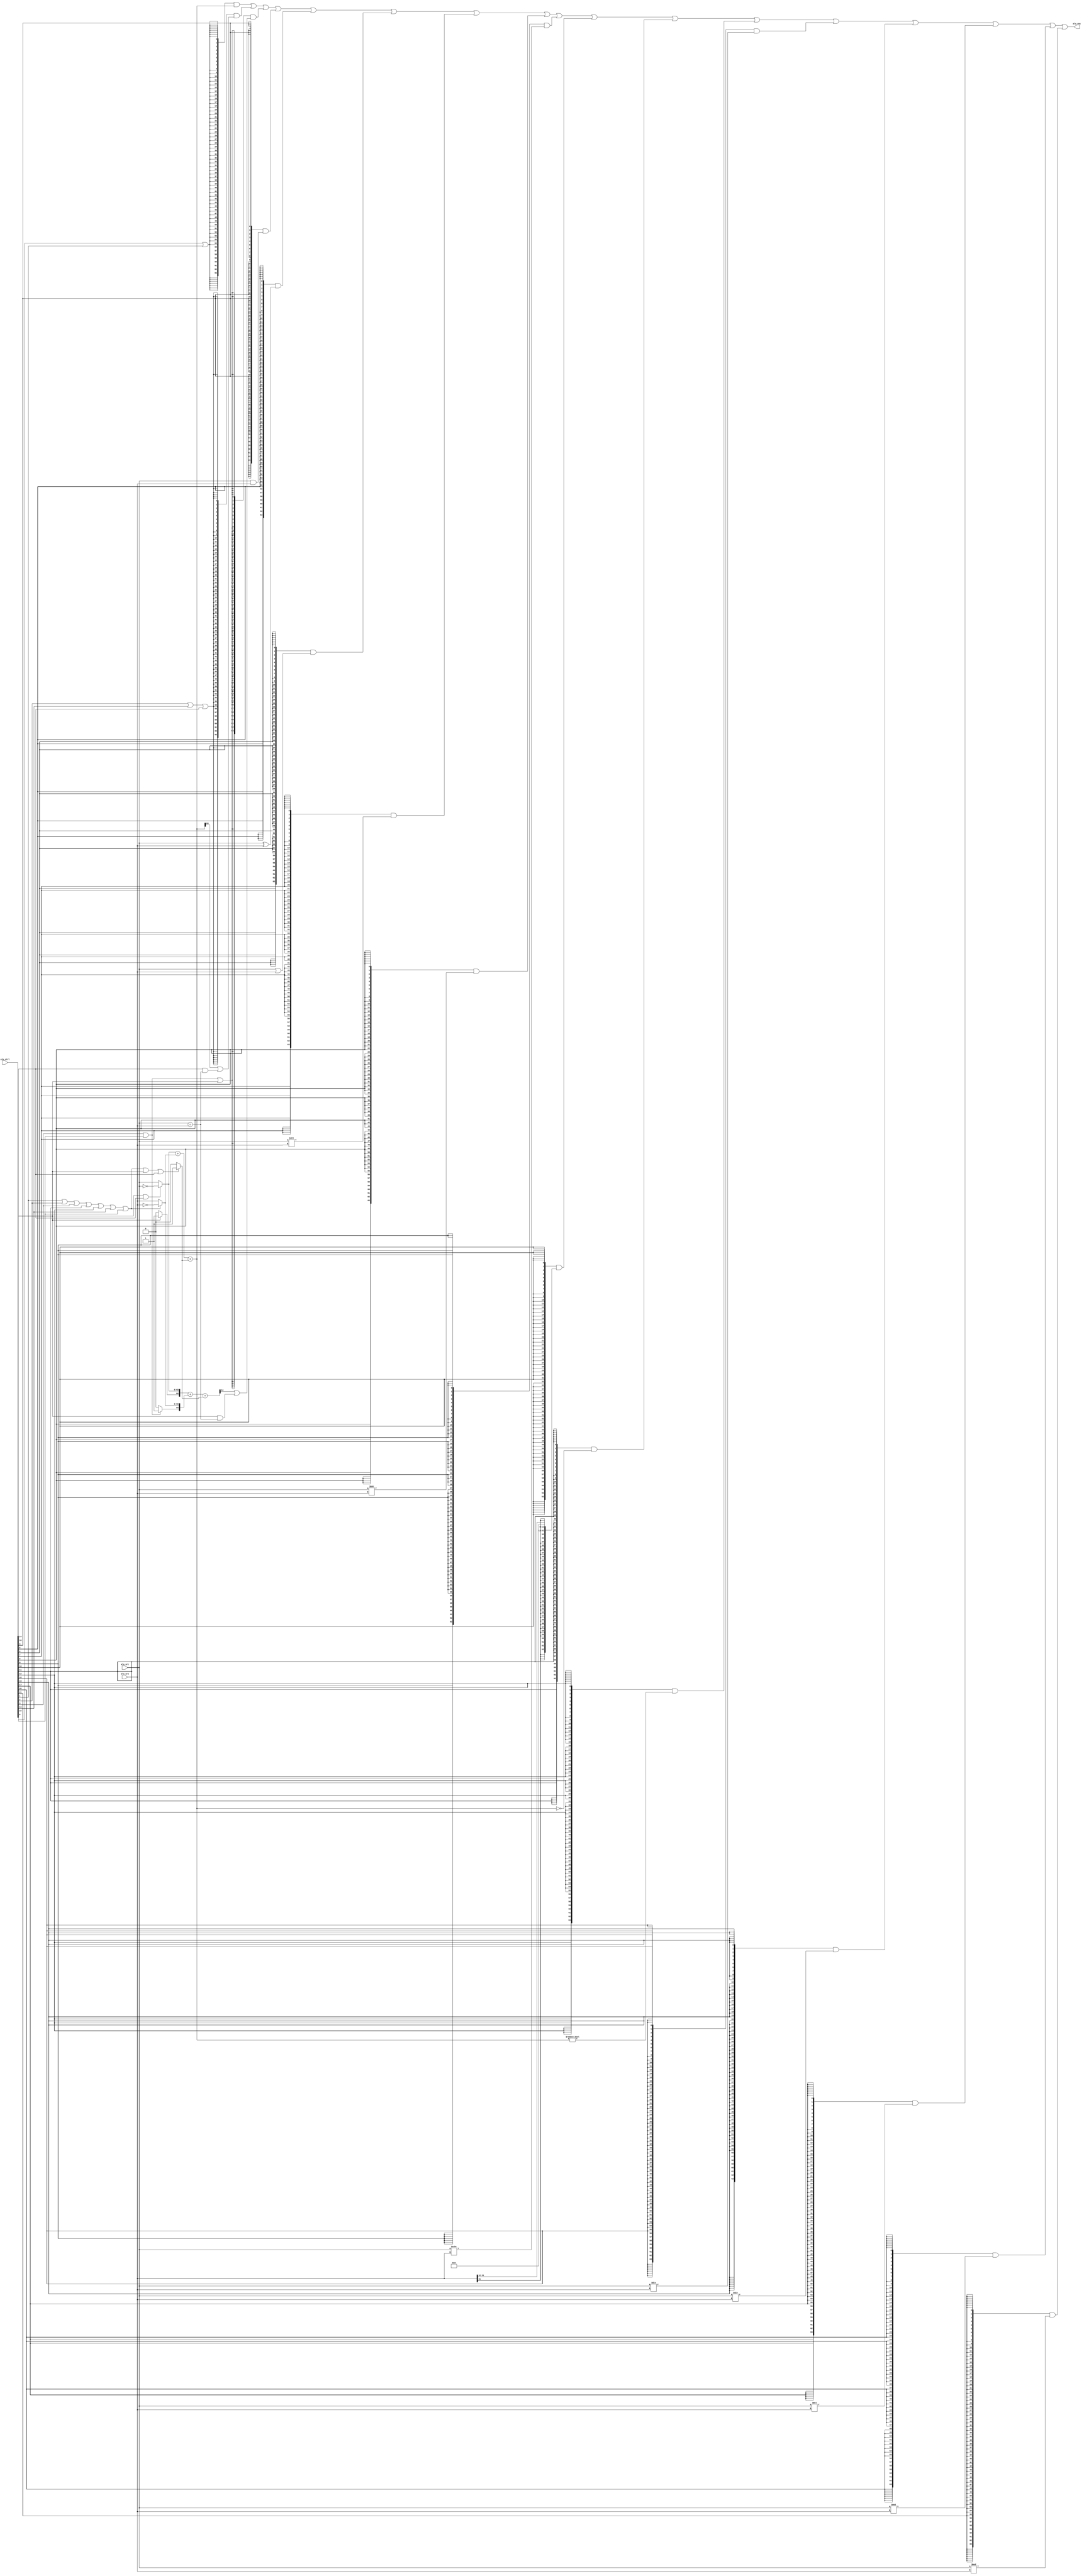
`ifndef ALU_OPNUM
    `define ALU_OPNUM 22
`endif
module alu (
    input  [`ALU_OPNUM-1:0] alu_ctrl,
    input  [63:0] alu_sr1,
    input  [63:0] alu_sr2,
    //input	  alu_src1_bit32,
    //input	  alu_src2_bit32,
    //input	  alu_src2_bit5,
    output [63:0] alu_res

);

    wire op_add;
    wire op_sub;
    wire op_slt;
    wire op_sltu;
    wire op_and;
    wire op_xor;
    wire op_or;
    wire op_sll;
    wire op_srl;
    wire op_sra;
    wire op_lui;
    wire op_beq ;
    wire op_bne ;
    wire op_blt ;
    wire op_bge ;
    wire op_bltu;
    wire op_bgeu;

    wire [63:0] add_src1;
    wire [63:0] add_src2;
    wire        add_cin;
    wire [63:0] add_sub_res;
    wire [63:0] add_res;
    wire        add_cout;

    wire [63:0] and_res;
    wire [63:0] or_res ;
    wire [63:0] xor_res;
    wire [63:0] lui_res;
    wire [63:0] slt_blt_bge_res;
    wire [63:0] sltu_bltu_bgeu_res;
    wire [63:0] sll_res;
    wire [63:0] srl_res;
    wire [63:0] sra_res;
    wire [63:0] beq_res;
    wire [63:0] bne_res;
    //***5.9***shift cputest pc:800000ac sraw a0,a0,s0, a0:98765432, s0:5, expect result: fffffffffcc3b2a1,but 4c3b2a1, since operate with the 64bit alu src
    //wire [31:0] alu_src1_32;
    //wire [31:0] alu_src2_32;
    //wire [31:0] sra_res_32;
    //wire [64:0] sra_res_64;
    //assign alu_src1_32 = alu_src1[31:0];
    //assign alu_src2_32 = alu_src2[31:0];
    //assign sra_res_32 = $signed(alu_sr1_32) >>> alu_sr2_32;
    //assign sra_res = (~alu_src1_bit32) ? sra_res_64 : sra_res_32;
    //***5.9***shift cputest pc:800000ac sraw a0,a0,s0, a0:98765432, s0:5, expect result: fffffffffcc3b2a1,but 4c3b2a1, since operate with the 64bit alu src

    assign op_add  = alu_ctrl[0];
    assign op_sub  = alu_ctrl[1];
    assign op_slt  = alu_ctrl[2];
    assign op_sltu = alu_ctrl[3];
    assign op_and  = alu_ctrl[4];
    assign op_xor  = alu_ctrl[5];
    assign op_or   = alu_ctrl[6];
    assign op_sll  = alu_ctrl[7];
    assign op_srl  = alu_ctrl[8];
    assign op_sra  = alu_ctrl[9];
    assign op_lui  = alu_ctrl[10];
    assign op_beq  = alu_ctrl[11];
    assign op_bne  = alu_ctrl[12];
    assign op_blt  = alu_ctrl[13];
    assign op_bge  = alu_ctrl[14];
    assign op_bltu = alu_ctrl[15];
    assign op_bgeu = alu_ctrl[16];

    wire op_div ;
    wire op_divu;
    wire op_mul ;
    wire [63:0] div_res;
    wire [63:0] divu_res;
    wire [63:0] mul_res;
    assign op_mul  = alu_ctrl[17];
    assign op_div  = alu_ctrl[18];
    assign op_divu = alu_ctrl[19];
    assign div_res  = $signed(alu_sr1) / $signed(alu_sr2);
    assign divu_res = alu_sr1 / alu_sr2;
    assign mul_res  = alu_sr1 * alu_sr2;
    //assign mul_res  = $signed(alu_sr1) * $signed(alu_sr2);
    wire op_rem;
    wire op_remu;
    wire op_remw;
    wire op_remuw;
    wire [63:0] rem_res;
    wire [63:0] remu_res;
    assign op_rem  = alu_ctrl[20];
    assign op_remu = alu_ctrl[21];
    assign rem_res  = $signed(alu_sr1) % $signed(alu_sr2);
    assign remu_res = alu_sr1 % alu_sr2;

    assign and_res = alu_sr1 & alu_sr2;
    assign or_res  = alu_sr1 | alu_sr2;
    assign xor_res = alu_sr1 ^ alu_sr2;
    assign lui_res = {{32{alu_sr2[31]}}, alu_sr2[31:12], 12'b0};
    
    assign sll_res = alu_sr1 << alu_sr2;
    assign srl_res = alu_sr1 >> alu_sr2;
    assign sra_res = $signed(alu_sr1) >>> alu_sr2;
    
    assign add_src1 = (op_bgeu | op_bge) ? ~alu_sr1: alu_sr1; 
    assign add_src2 = (op_sub | op_slt | op_sltu | op_beq | op_bne | op_blt | op_bltu) ? ~alu_sr2 : alu_sr2;
    //assign add_src2 = (op_sub | op_slt | op_sltu) ? ~alu_sr2 : alu_sr2;
    assign {add_cout, add_res} = add_src1 + add_src2 + {63'b0, add_cin};
    
    //unsigned num cal
    wire sign;
    wire sign_1;
    wire [63:0] add_res_u;
    wire add_cout_u;
    assign sign = (op_sltu | op_bltu) ? 1:0;
    assign sign_1 = (op_bgeu) ? 1:0;
    assign {add_cout_u, add_res_u} = {sign_1,add_src1} + {sign,add_src2} + {64'b0, add_cin};

    assign add_cin = (op_sub | op_slt | op_sltu | op_beq | op_bne | op_blt | op_bltu | op_bgeu | op_bge) ? 1:0;
    //assign add_cin = (add_src2 == ~alu_sr2) ? 1:0;
    assign add_sub_res = add_res;
    
    
    //assign slt_blt_bge_res[0] = add_res[63];
    assign slt_blt_bge_res[0] = add_res[63] | (op_bge & (alu_sr1 == alu_sr2));
    assign slt_blt_bge_res[63:1] = 63'b0;

    assign sltu_bltu_bgeu_res[0] = add_cout_u | (op_bgeu & (alu_sr1 == alu_sr2));
    assign sltu_bltu_bgeu_res[63:1] = 63'b0;
    
    assign beq_res = {63'b0,(add_res==0)};
    assign bne_res = {63'b0,(add_res!=0)};
    //assign beq_res = {63'b0,({add_cout, add_res}==0)};
    //assign bne_res = {63'b0,({add_cout, add_res}!=0)};

    assign alu_res = ({64{op_add  | op_sub}} & add_sub_res)
                   | ({64{op_slt  | op_blt | op_bge}}  & slt_blt_bge_res )
                   | ({64{op_sltu | op_bltu | op_bgeu}}  & sltu_bltu_bgeu_res)
                   | ({64{op_and }} & and_res )
                   | ({64{op_xor }} & xor_res )
                   | ({64{op_or  }} & or_res  )
                   | ({64{op_sll }} & sll_res )
                   | ({64{op_srl }} & srl_res )
                   | ({64{op_sra }} & sra_res )
                   | ({64{op_lui }} & lui_res )
                   | ({64{op_beq }} & beq_res )
                   | ({64{op_bne }} & bne_res )
                   | ({64{op_div }} & div_res )
                   | ({64{op_divu}} & divu_res)
                   | ({64{op_mul }} & mul_res )
                   | ({64{op_rem }} & rem_res )
                   | ({64{op_remu}} & remu_res);


endmodule